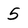
Character: 5